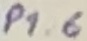
Text: P1.6